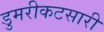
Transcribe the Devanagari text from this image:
डुमरीकटसारी